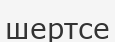
шертсе